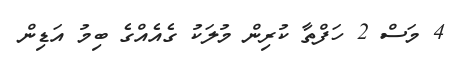
4 މަސް 2 ހަފްތާ ކުރިން މުލަކު ގެއެއްގެ ބިމު އަޑިން